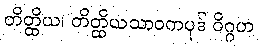
တိတ္ထိယ၊ တိတ္ထိယသာဝကပုဒ် ဝိဂ္ဂဟ